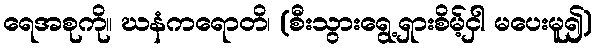
ရေအစုကို။ ဃနံကရောတိ၊ (စီးသွားရွေ့ရှားစိမ့်ငှါ မပေးမူ၍)